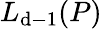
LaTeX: L_{\mathrm{d}-1}(P)